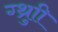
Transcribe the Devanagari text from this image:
ग्थ्रुाी